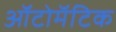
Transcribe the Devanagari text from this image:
ऑटोमॅटिक